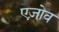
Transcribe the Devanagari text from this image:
एज़ोव